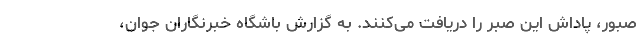
صبور، پاداش این صبر را دریافت می‌کنند. به گزارش باشگاه خبرنگاران جوان،